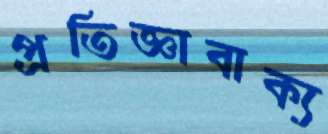
প্রতিজ্ঞাবাক্য